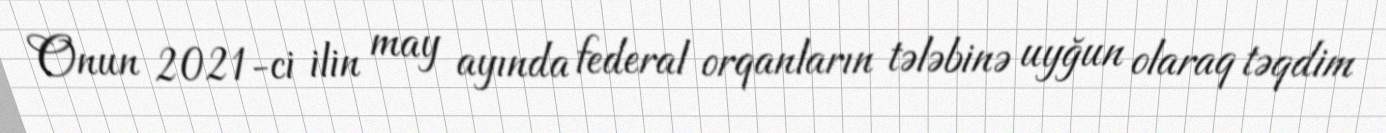
Onun 2021-ci ilin may ayında federal orqanların tələbinə uyğun olaraq təqdim